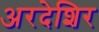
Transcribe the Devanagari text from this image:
अरदेशिर